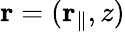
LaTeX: {\mathbf r}=({\mathbf r}_{\parallel},z)